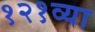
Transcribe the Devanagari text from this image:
१२१व्या